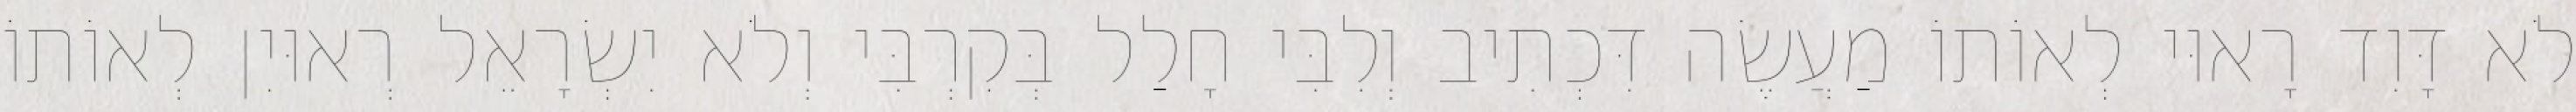
לֹא דָּוִד רָאוּי לְאוֹתוֹ מַעֲשֶׂה דִּכְתִיב וְלִבִּי חָלַל בְּקִרְבִּי וְלֹא יִשְׂרָאֵל רְאוּיִן לְאוֹתוֹ